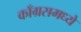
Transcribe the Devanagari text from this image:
काँग्रसमध्ये